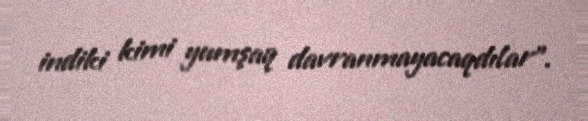
indiki kimi yumşaq davranmayacaqdılar".